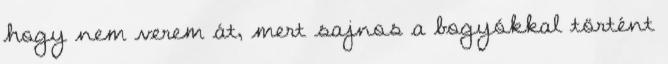
hogy nem verem át, mert sajnos a bogyókkal történt